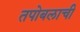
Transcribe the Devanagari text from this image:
तपोबलाची